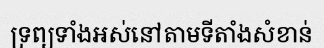
ទ្រព្យទាំងអស់នៅតាមទីតាំងសំខាន់